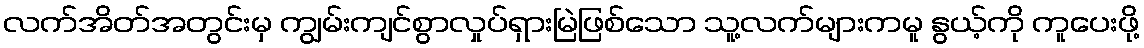
လက်အိတ်အတွင်းမှ ကျွမ်းကျင်စွာလှုပ်ရှားမြဲဖြစ်သော သူ့လက်များကမူ နွယ့်ကို ကူပေးဖို့